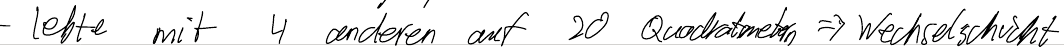
- lebte mit 4 anderen auf 20 Quadratmetern => Wechselschicht